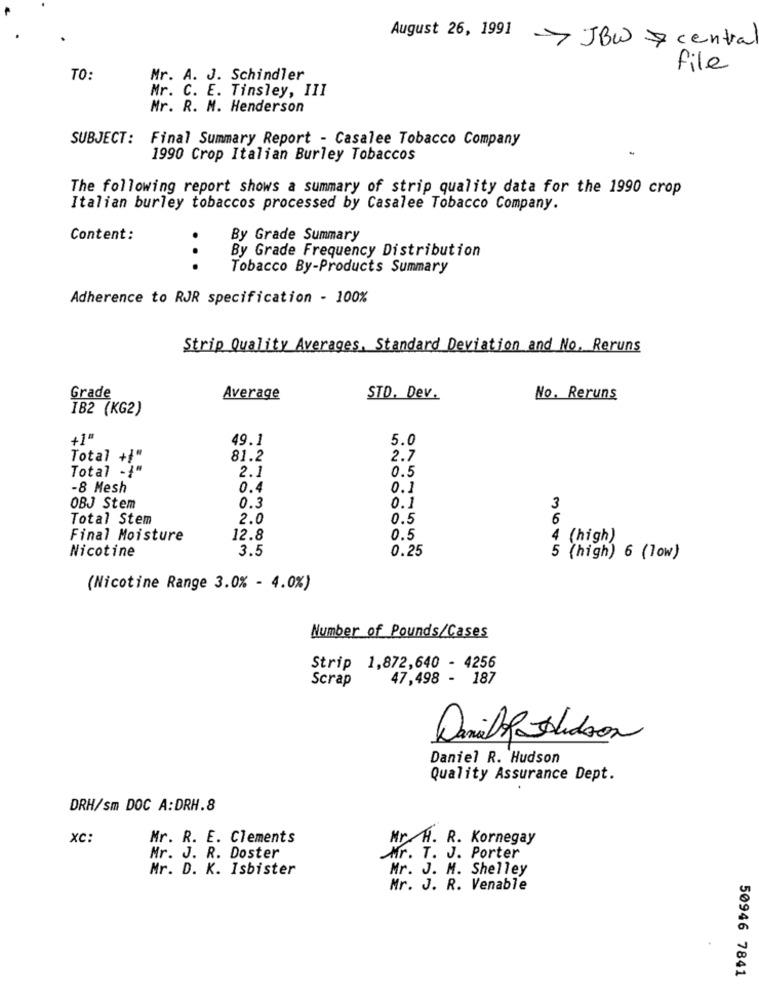
August 26, 1991
-> JBW & central
file
TO:
Mr. A. J. Schindler
Mr. C. E. Tinsley, III
Nr. R. M. Henderson
SUBJECT :
Final Summary Report - Casalee Tobacco Company
1990 Crop Italian Burley Tobaccos
The following report shows a summary of strip quality data for the 1990 crop
Italian burley tobaccos processed by Casalee Tobacco Company.
Content:
. .
By Grade Summary
By Grade Frequency Distribution
Tobacco By-Products Summary
Adherence to RJR specification - 100%
Strip Quality Averages, Standard Deviation and No. Reruns
Grade
Average
STD. Dev.
No. Reruns
IB2 (KG2)
+1ª
49.1
5.0
Total +!“
81.2
2.7
Total -1
2.1
0.5
-8 Mesh
0.4
0.1
OBJ Stem
0.3
0.1
3
Total Stem
2.0
0.5
6
Final Moisture
12.8
0.5
(high)
Nicotine
3.5
0.25
5 (high) 6 (low)
(Nicotine Range 3.0% - 4.0%)
Number of Pounds/Cases
Strip 1,872,640 - 4256
Scrap
47,498 - 187
Danilo Hudson
Daniel R. Hudson
Quality Assurance Dept.
DRH/sm DOC A:DRH.8
XC:
Mr. R. E. Clements
Mr .H. R. Kornegay
Mr. J. R. Doster
Mr. T. J. Porter
Mr. D. K. Isbister
Mr. J. M. Shelley
Mr. J. R. Venable
50946 7841